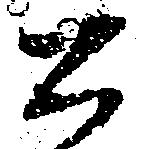
公